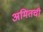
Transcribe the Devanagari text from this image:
अमितची